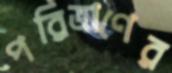
পরিত্রাণের